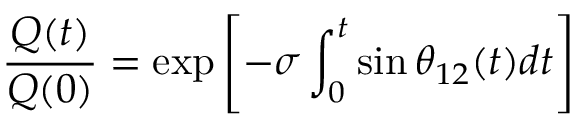
\frac { Q ( t ) } { Q ( 0 ) } = \exp \left[ - \sigma \int _ { 0 } ^ { t } \sin \theta _ { 1 2 } ( t ) d t \right]